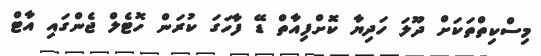
މިސްކިތްތަކަށް ދޫލަ ހަދިޔާ ކޮށްފިއާތް ޑޭ ފާހަގަ ކުރަން ހޮޓެލް ޖެންގައި އާޓް